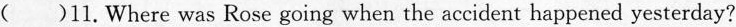
()11. Where was Rose going when the accident happened yesterday?